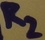
Text: R2